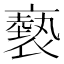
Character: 褻